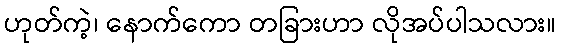
ဟုတ်ကဲ့၊ နောက်ကော တခြားဟာ လိုအပ်ပါသလား။